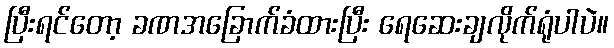
ပြီးရင်တော့ ခဏအခြောက်ခံထားပြီး ရေဆေးချလိုက်ရုံပါပဲ။